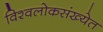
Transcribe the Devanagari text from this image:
विश्वलोकसंख्येत